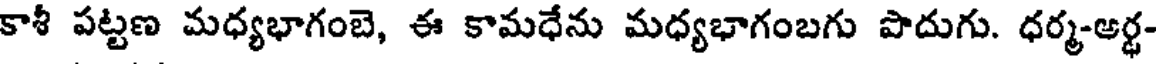
కాశీ పట్టణ మధ్యభాగంబె, ఈ కామధేను మధ్యభాగంబగు పొదుగు. ధర్మ-అర్థ-